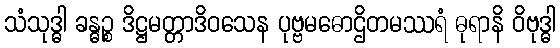
သံသုဒ္ဓါ ခန္ဓဉ္စ ဒိဋ္ဌမတ္တာဒိဝသေန ပုဗ္ဗမဓောဌိတမဿရံ ဓုရာနိ ဝိဗုဒ္ဓါ